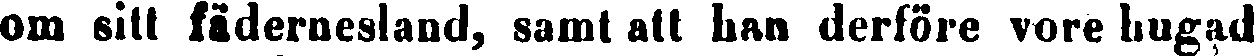
om sitt fädernesland, samt att han derföre vore hugad